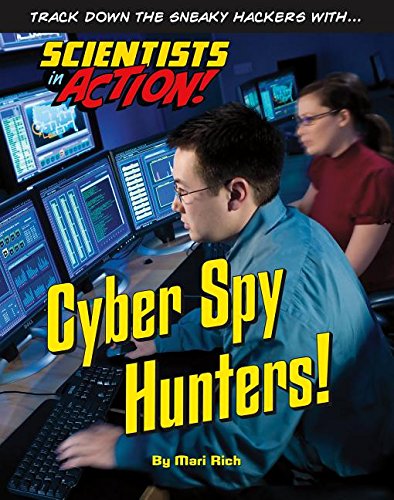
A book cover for Cyber Spy Hunters! (Scientists in Action!); Mari Rich; Teen & Young Adult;